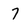
Character: 7